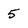
Character: 5